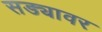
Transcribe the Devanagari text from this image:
सड्यावर